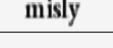
misly